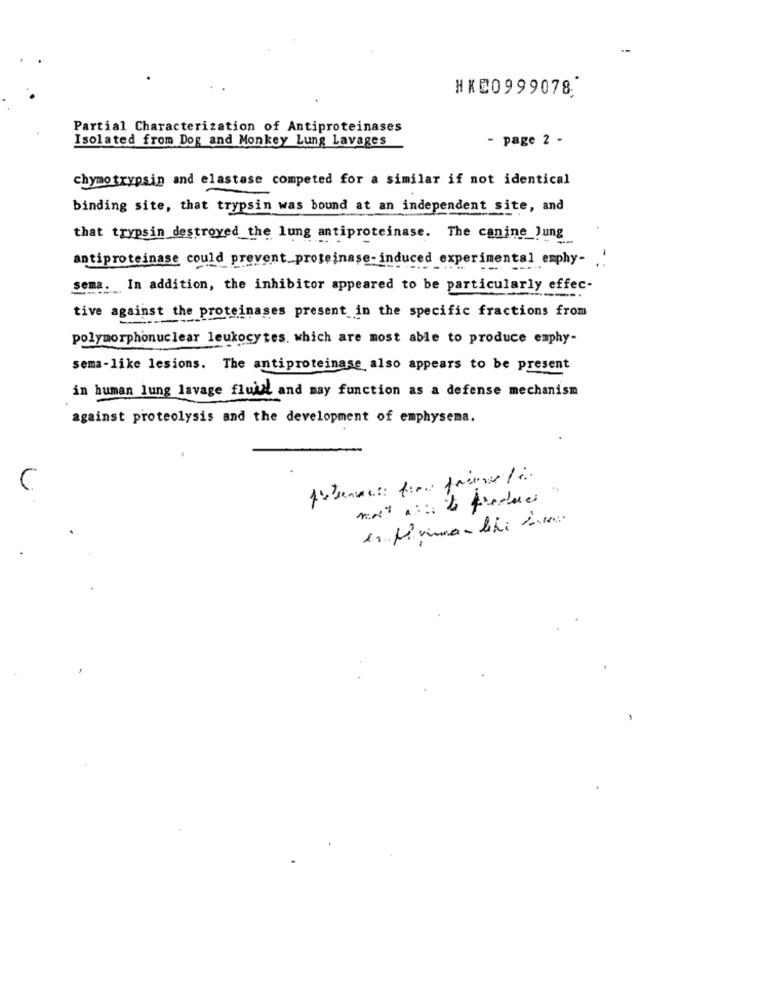
HKC0999078.
Partial Characterization of Antiproteinases
Isolated from Dog and Monkey Lung Lavages
- page 2 -
chymotrypsin and elastase competed for a similar if not identical
binding site, that trypsin was bound at an independent site, and
that trypsin destroyed_the lung antiproteinase. The canine_Jung
antiproteinase could prevent_proteinase- induced experimental emphy- '
sema. In addition, the inhibitor appeared to be particularly effec-
tive against the proteinases present in the specific fractions from
polymorphonuclear leukocytes. which are most able to produce emphy-
sema-like lesions. The antiproteinase also appears to be present
in human lung lavage fluid and may function as a defense mechanism
against proteolysis and the development of emphysema.
C
most a :: to produce